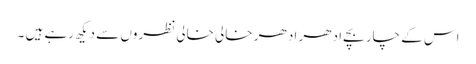
اس کے چار بچے ادھر اد ھر خالی خالی نظروں سے دیکھ رہے ہیں ۔